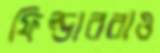
ফিল্ডাররাও